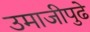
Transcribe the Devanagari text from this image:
उमाजीपुढे